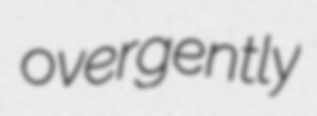
overgently